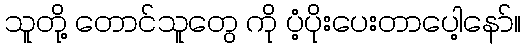
သူတို့ တောင်သူတွေ ကို ပံ့ပိုးပေးတာပေါ့နော်။